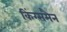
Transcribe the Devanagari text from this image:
किंग्समैन